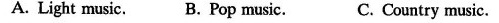
A. Light music. B. Pop music. C. Country music.